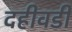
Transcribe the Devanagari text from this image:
दहीवडी